Civil Veterinary Dept. Bombay admin report 1900-1906 - 1900-1906
Year: 1900
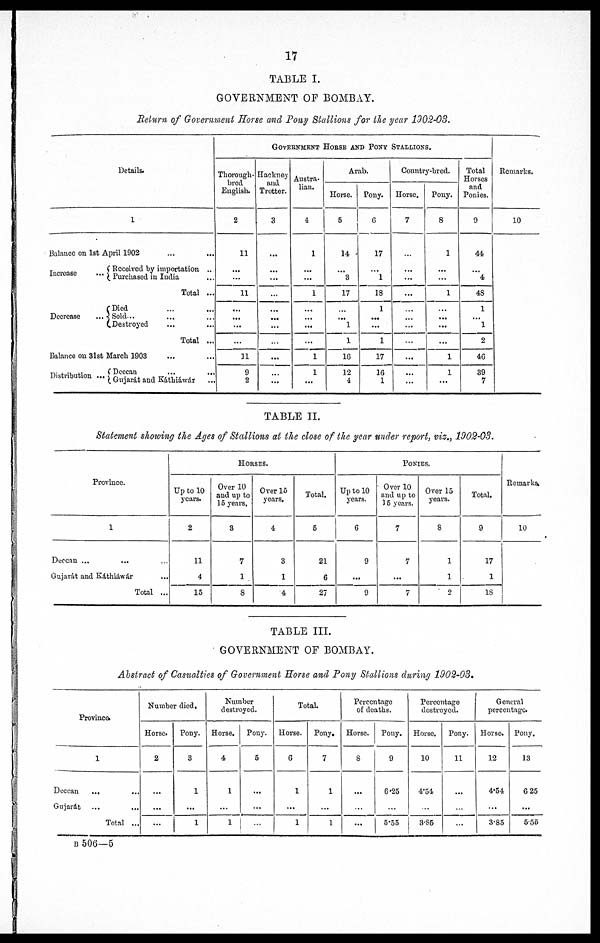
17
TABLE I.
GOVERNMENT OF BOMBAY.
Return of Government Horse and Pony Stallions for the year 1002-03.
Details.
1
Balance on 1st April 1902 … …
Received by importation ..
Increase
... Purchased in India …
Total ...
Died … …
Decrease
... Sold … …
Destroyed … …
Total ...
Balance on 3lst March 1903 … …
GOVERNMENT HORSE AND PONY STALLIONS.
Thorough-
bred
English.
2
11
…
...
11
…
…
...
…
11
Hackney
and
Trotter.
3
…
…
...
…
…
…
...
…
...
Austra-
lian.
4
1
…
...
1
…
...
...
...
1
Arab.
Horse.
5
14
…
3
17
…
...
1
1
16
Pony.
6
17
...
1
18
1
...
...
1
17
Country-bred.
Horse.
7
…
…
...
...
…
…
...
…
...
Pony.
8
1
...
...
1
…
...
...
...
1
Total
Horses
and
Ponies.
9
44
…
4
48
1
...
1
2
46
Remarks.
10
TABLE II.
Statement showing the Ages of Stallions at the close of the year under report, viz., 1902-03.
Province.
1
Deccan ... … …
Gujarát and Káthiáwár …
Total ...
HORSES.
Up to 10
years.
2
11
4
15
Over 10
and up to
15 years.
3
7
1
8
Over 15
years.
4
3
1
4
Total.
5
21
6
27
PONIES.
Up to 10
years.
6
9
...
9
Over 10
and up to
15 years.
7
7
...
7
Over 15
years.
8
1
1
9
Total.
9
17
1
18
Remarks
10
TABLE III.
GOVERNMENT OF BOMBAY.
Abstract of Casualties of Government Horse and Pony Stallions during 1902-03.
Province.
1
Deccan
... …
Gujarat … …
Total ...
Number died.
Horse.
2
…
...
...
Pony.
3
1
...
1
Number
destroyed.
Horse.
4
1
...
1
Pony.
5
…
...
…
Total.
Horse.
6
1
...
1
Pony.
7
1
...
1
Percentage
of deaths.
Horse.
8
...
…
...
Pony.
9
6.25
…
5.55
Percentage
destroyed.
Horse.
10
4.54
…
3.85
Pony.
11
…
…
...
General
percentage.
Horse.
12
4.54
...
3.85
Pony.
13
6 25
...
555
B 506—5